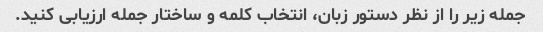
جمله زیر را از نظر دستور زبان، انتخاب کلمه و ساختار جمله ارزیابی کنید.